Annual report of the Punjab Veterinary College and of the Civil Veterinary Department, Punjab - 1926-1932
Year: 1926
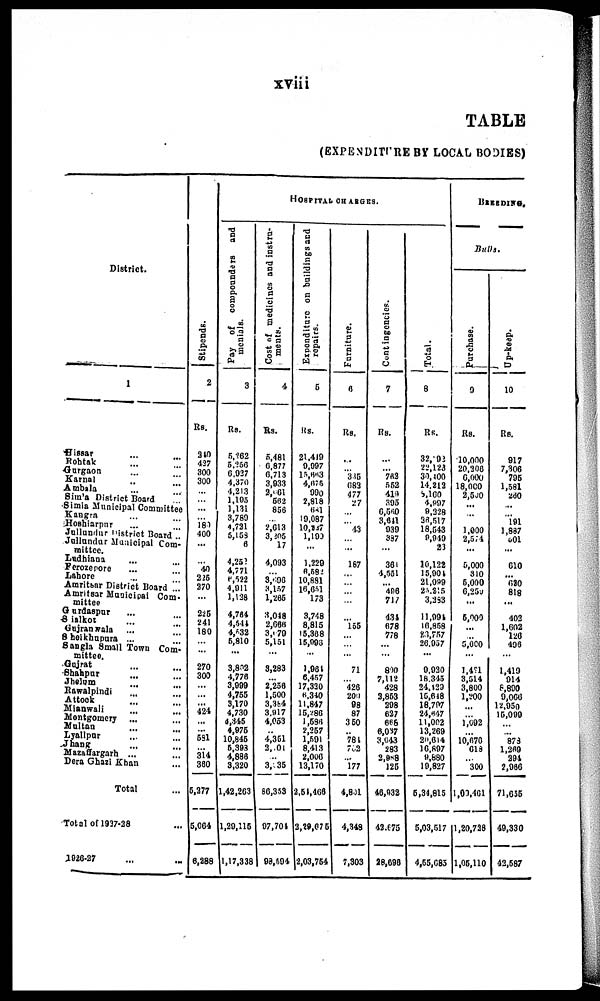
xviii
TABLE
(EXPENDITURE BY LOCAL BODIES)
District.
1
Hissar ... ...
Rohtak ... ...
Gurgaon ... ...
Karnal ... ...
Ambala ... ...
Simla District Board ...
Simla Municipal Committee
Kangra ... ...
Hoshiarpur ... ...
Jullundur District Board ..
Jullundur Municipal Com-
mittee.
Ludhiana ... ...
Ferozepore ... ...
Lahore ... ...
Amritsar District Board ...
Amritsar Municipal Com-
mittee
Gurdaspur ... ...
Sialkot
...
...
Gujranwala
...
...
Sheikhupura ...
Sangla Small Town Com-
mittee.
Gujrat ... ...
Shahpur ... ...
Jhelum
...
...
Rawalpindi
...
Attock
...
Mianwali ... ...
Montgomery ... ...
Multan
...
...
Lyallpar ... ...
Jhang
...
...
Mazaffargarh ... ...
Dera Ghazi Khan ... ...
Total ...
Total of 1937-28 ...
1926-27 ... ...
Stipends.
2
Rs.
240
427
300
300
...
...
...
... 189
400
...
... 40
225
270
...
225
241
180
...
...
270
300
...
...
...
424
...
...
581
... 314
380
5,277
5,064
6,288
HOSPITAL CHARGES.
Pay of compounders and
menials.
3
Rs.
5,262
5,256
6,927
4,370
4,213
1,195
1,131
3,789
4,721
5,158
6
4,252
4,771
6,522
4,911
1,138
4,764
4,544
4,532
5,810
...
3,892
4,778
3,999
4,755
3,170
4,730
6,345
4,975
10,845
5,393
4,888
3,320
1,42,263
1,29,115
1,17,338
Cost of medicines and instru-
ments.
4
Rs.
5,481
6,877
6,713
3,933
2, 61
562
856
...
2,613
3,205 17
4,093
...
3, 96
3,157
1,265
3,048
2,666
3, 79
5,151
...
3,283
...
2,258
1,500
3,384
3,917
4,053
..
4,351
2, 01
... 3,235
86,353
97,704
93,504
Expenditure on buildings and
repairs.
5
Rs.
21,419
9,997
15,863
4,675
990
2,818
641
19,087
10,247
1,190
...
1,229
6,582
10,881
16,651
173
3,748
8,815
15,368
15,996
...
1,981
8,457
17,330
6,340
11,847
15,286
1,586
2,257
1,591
8,413
2,000
13,170
2,51,468
3,29,675
2,03,754
Furniture.
6
Rs.
...
... 335 683
477
27
...
... 43
... ...
187
... ...
...
...
...
155
...
...
...
71
... 426
200
98
87
350
... 781
762
... 177
4,801
4,348
7,303
Contingencies.
7
Rs.
...
... 783
552
419
395
6,560
3,641
939
387
...
361
4,551
... 496
717
434
678
778
...
...
890
7,112
428
2,853
298
627
668
6,037
3,043
283
2,988
125
46,932
42,675
28,698
Total.
8
Rs.
32, 92
22,123
33,400
14,212
8,100
4,997
9,328
36,517
18,543
9,949
23
10,122
15,904
21,099
25,215
3,283
11,994
16,858
23,757
26,957
...
9,920
18,345
24,129
15,648
18,797
24,647
11,002
13,269
20,614
16,897
9,880
19,827
6,34,815
5,03,517
4,55,685
BREEDING.
Bulls.
Purchase.
9
Rs.
10,000
20,308
6,000
18,000
2,500
...
...
... 1,000 2,574
...
5,000
310
5,000
6,259
...
5,000
...
...
5,000
...
1,491
3,514
3,800
1,200
...
...
1,092
...
10,670
618
... 300
1,00,461
1,20,721
1,05,110
Up-keep.
10
Re.
917
7,306
795
1,581
260
...
... 191
1,887
501
...
610
...
620 818
...
402
1,602
126
496
...
1,419
914
8,890
9,066
12,950
15,099
...
... 878
1,269 294
2,966
71,655
49,330
42,587